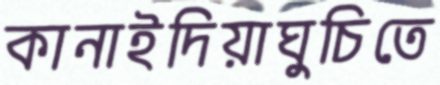
কানাইদিয়াঘুচিতে